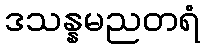
ဒသန္နမညတရံ